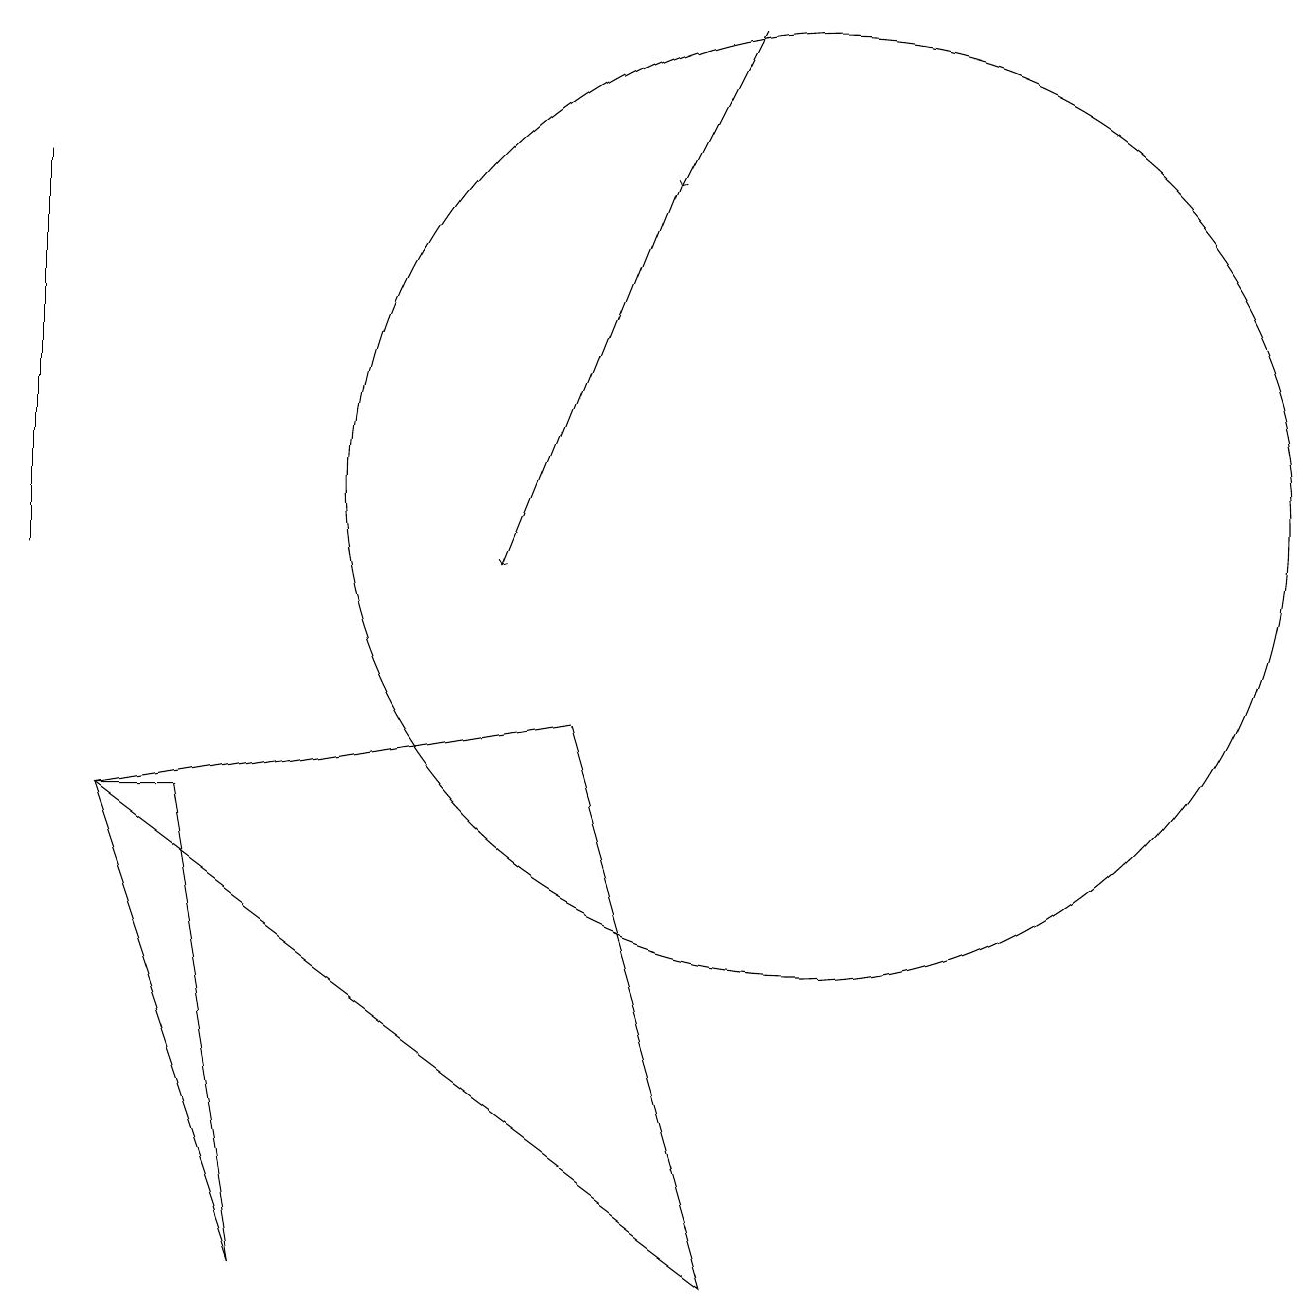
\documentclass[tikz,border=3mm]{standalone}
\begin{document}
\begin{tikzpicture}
\draw (3,2) -- (1,8) -- (2,8) -- cycle;
\draw (9,2) -- (7,9) -- (1,8) -- cycle;
\draw[->] (9,18) -- (8,16);
\draw (0,11) rectangle (0,16);
\draw[->] (8,16) -- (6,11);
\draw (10,12) circle (6);
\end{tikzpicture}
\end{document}